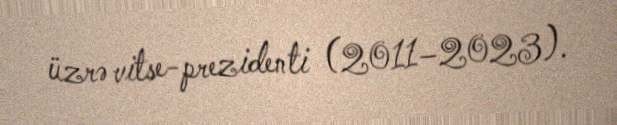
üzrə vitse-prezidenti (2011–2023).